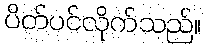
ပိတ်ပင်လိုက်သည်။